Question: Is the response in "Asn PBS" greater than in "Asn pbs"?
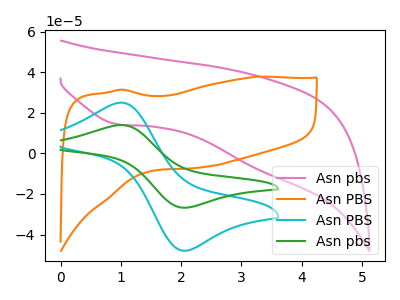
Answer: <think>The pink curve "Asn pbs" has a cathodic peak at: (0.95V, 14.20uA). The orange curve "Asn PBS" has no peaks. The cyan curve "Asn PBS" has an anodic peak at (1.00V, 25.00uA) and a cathodic peak at (2.10V, -48.00uA). The green curve "Asn pbs" has an anodic peak at (1.00V, 13.95uA) and a cathodic peak at (2.10V, -26.80uA).
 All the peaks in "Asn PBS" have a peak in "Asn pbs" at the same potential. Every peak in "Asn PBS" is higher than every peak in "Asn pbs".</think>
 <answer>"Asn PBS" has more signal than "Asn pbs".</answer>
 <eval>more_signal</eval>